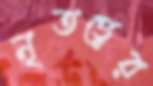
নৃতত্ত্বের